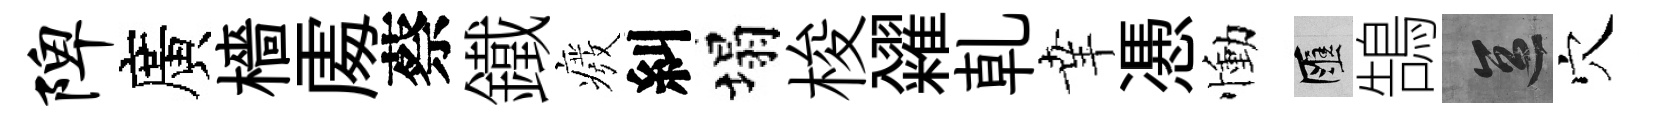
陴廣檣𠁅蔡鐵癈糾塌梭糴乹𦍒慿慟匯鵠區穴